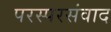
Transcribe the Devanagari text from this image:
परस्परसंवाद